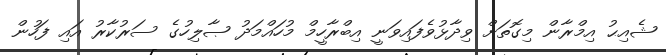
ޝެއިޙު އިމްރާން މިގޮތަށް ވިދާޅުވެފައިވަނީ އިބްރާހީމް މުހައްމަދު ޞާލިހުގެ ސަރުކާރު އައި ފަހުން